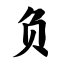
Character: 负